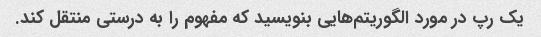
یک رپ در مورد الگوریتم‌هایی بنویسید که مفهوم را به درستی منتقل کند.